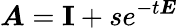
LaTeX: \boldsymbol{A}=\textbf{I}+se^{-t\boldsymbol{E}}